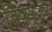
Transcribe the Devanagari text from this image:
डिफ्यूज़र